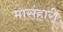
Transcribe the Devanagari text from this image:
मासंहारी